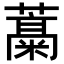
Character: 𬞹